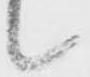
候